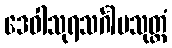
ဒေဝါသုရသင်္ဂါမသုတ္တံ